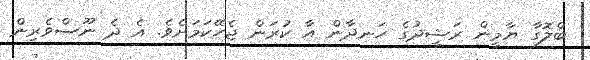
ބްލޮގާ ޔާމީން ރަޝީދުގެ ހަނދާން އާ ކުރަން ޖެހޭކަމަށެވެ. އެ ދެ ނޫސްވެރިން